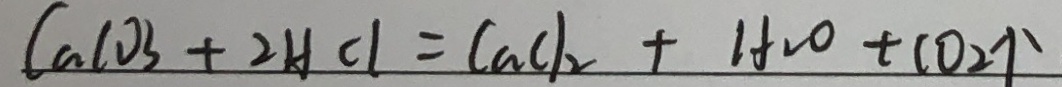
C a l O _ { 3 } + 2 H C l = C a C l _ { 2 } + H _ { 2 } o + C O _ { 2 } \uparrow